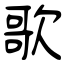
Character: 歌